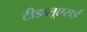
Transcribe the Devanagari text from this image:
टीडब्लूएसई